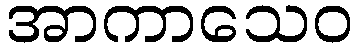
အာကာသေဝ